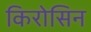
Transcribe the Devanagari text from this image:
किरोसिन